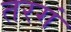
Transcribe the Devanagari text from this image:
तरगं